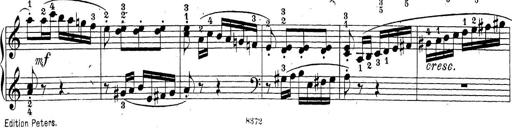
Title: Sonatina Album
Composer: Louis KÃ¶hler